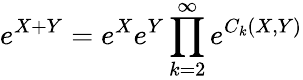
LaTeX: e^{X+Y}=e^{X}e^{Y}\prod_{k=2}^{\infty}e^{C_{k}(X,Y)}